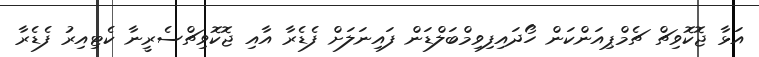
އަޅާ ޖޮކޮވިޗް ޗެމްޕިއަންކަން ހޯދައިފިވިމްބަލްޑަން ފައިނަލަށް ފެޑެރާ އާއި ޖޮކޮވިޗްސެރީނާ ކެޓިއިރު ފެޑެރާ